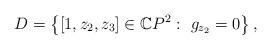
LaTeX: \begin{align*}D=\left\{[1,z_2,z_3]\in \mathbb{C}P^2: ~g_{z_2}=0\right\},\end{align*}